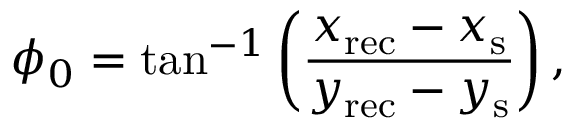
\phi _ { 0 } = \tan ^ { - 1 } \left( \frac { x _ { \mathrm { { r e c } } } - x _ { \mathrm { { s } } } } { y _ { \mathrm { { r e c } } } - y _ { \mathrm { { s } } } } \right) ,